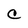
Character: C